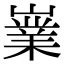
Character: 嶪